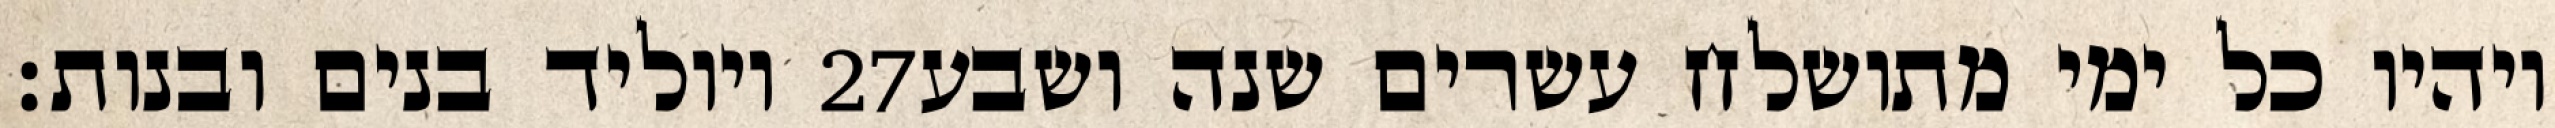
ויוליד בנים ובנות׃ ‎27‏ ויהיו כל ימי מתושלח עשרים שנה ושבע